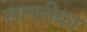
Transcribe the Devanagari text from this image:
सागरीका